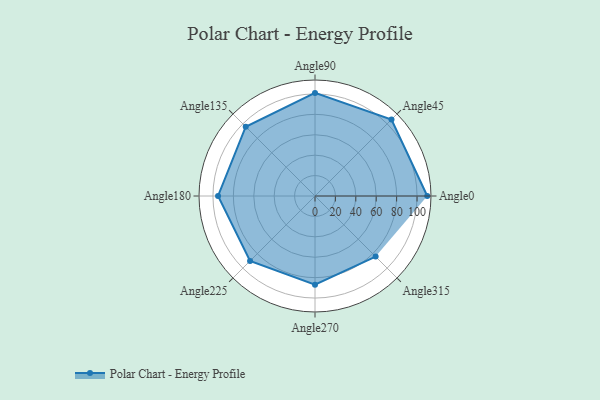
{"axis": {"x": "Angle", "y": "Radius"}, "legend": [""], "data": [{"x": "Angle0", "y": 110.0, "type": ""}, {"x": "Angle45", "y": 106.0, "type": ""}, {"x": "Angle90", "y": 101.0, "type": ""}, {"x": "Angle135", "y": 96.0, "type": ""}, {"x": "Angle180", "y": 95.0, "type": ""}, {"x": "Angle225", "y": 90.0, "type": ""}, {"x": "Angle270", "y": 87.0, "type": ""}, {"x": "Angle315", "y": 84.0, "type": ""}]}